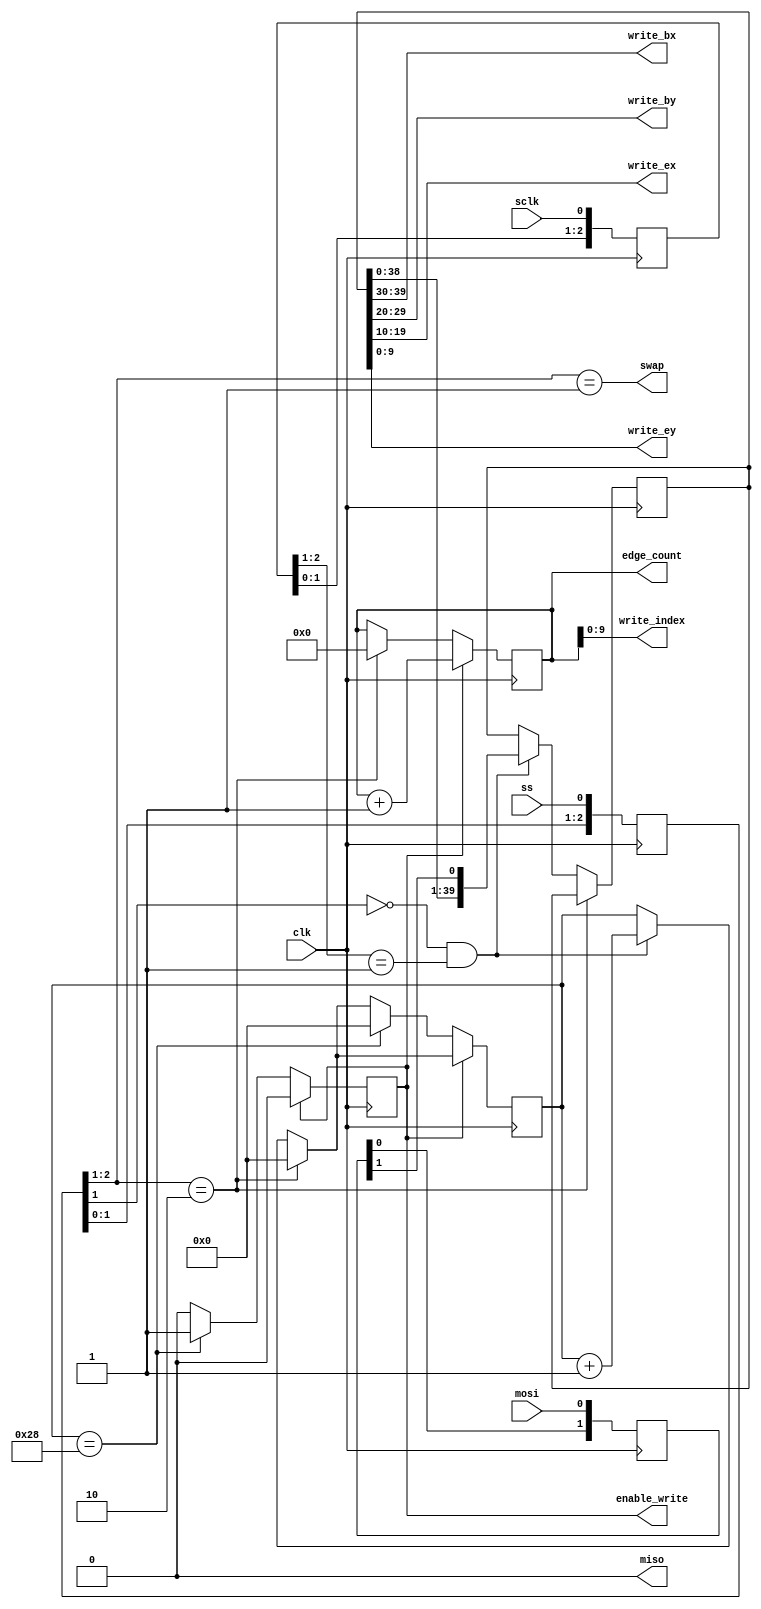
/*

Copyright (c) 2018, Matt Kimball
All rights reserved.

Redistribution and use in source and binary forms, with or without
modification, are permitted provided that the following conditions are met:

1. Redistributions of source code must retain the above copyright notice, this
   list of conditions and the following disclaimer.
2. Redistributions in binary form must reproduce the above copyright notice,
   this list of conditions and the following disclaimer in the documentation
   and/or other materials provided with the distribution.

THIS SOFTWARE IS PROVIDED BY THE COPYRIGHT HOLDERS AND CONTRIBUTORS "AS IS" AND
ANY EXPRESS OR IMPLIED WARRANTIES, INCLUDING, BUT NOT LIMITED TO, THE IMPLIED
WARRANTIES OF MERCHANTABILITY AND FITNESS FOR A PARTICULAR PURPOSE ARE
DISCLAIMED. IN NO EVENT SHALL THE COPYRIGHT OWNER OR CONTRIBUTORS BE LIABLE FOR
ANY DIRECT, INDIRECT, INCIDENTAL, SPECIAL, EXEMPLARY, OR CONSEQUENTIAL DAMAGES
(INCLUDING, BUT NOT LIMITED TO, PROCUREMENT OF SUBSTITUTE GOODS OR SERVICES;
LOSS OF USE, DATA, OR PROFITS; OR BUSINESS INTERRUPTION) HOWEVER CAUSED AND
ON ANY THEORY OF LIABILITY, WHETHER IN CONTRACT, STRICT LIABILITY, OR TORT
(INCLUDING NEGLIGENCE OR OTHERWISE) ARISING IN ANY WAY OUT OF THE USE OF THIS
SOFTWARE, EVEN IF ADVISED OF THE POSSIBILITY OF SUCH DAMAGE.

The views and conclusions contained in the software and documentation are those
of the authors and should not be interpreted as representing official policies,
either expressed or implied, of the ToyGPU project.

*/


/*  Receive coordinates for drawing by acting as an SPI slave  */
module SPISlave(
    input clk,

    input ss,
    input sclk,
    output miso,
    input mosi,

    output enable_write,
    output [9:0] write_index,
    output [9:0] write_bx,
    output [9:0] write_by,
    output [9:0] write_ex,
    output [9:0] write_ey,

    output swap,
    output [10:0] edge_count
);
    reg reg_miso = 0;
    assign miso = reg_miso;

    /*
        Use shift registers for incoming SPI signals, since the SPI
        clock will differ from our clock, and we want stable values
        for logic
    */
    reg [2:0] ss_shift = 0;
    reg [2:0] sclk_shift = 0;
    reg [1:0] mosi_shift = 0;

    /*  Shift in new values from the SPI wires  */
    always @(posedge clk)
    begin
        ss_shift <= { ss_shift[1:0], ss };
        sclk_shift <= { sclk_shift[1:0], sclk };
        mosi_shift <= { mosi_shift[0], mosi };
    end

    /*  Keep track of the number of edges received  */
    reg [10:0] reg_edge_count = 0;
    assign edge_count = reg_edge_count;
    assign write_index = reg_edge_count[9:0];

    /*  Swap edge buffers when an SPI transmission completes  */
    assign swap = (ss_shift[2:1] == 2'b01);

    /*
        We'll receive edges as 40-bit blocks, with 10 bits each
        for begin-x, begin-y, end-x and end-y coordinates
    */
    reg [39:0] edge_shift;
    reg [5:0] edge_bits;

    assign write_bx = edge_shift[39:30];
    assign write_by = edge_shift[29:20];
    assign write_ex = edge_shift[19:10];
    assign write_ey = edge_shift[9:0];

    reg reg_enable_write = 0;
    assign enable_write = reg_enable_write;

    always @(posedge clk)
    begin
        if (ss_shift[2:1] == 2'b10)
        begin
            /*  Reset counters at the start of an SPI transmission  */
            reg_edge_count <= 0;
            edge_bits <= 0;
        end else if (!ss_shift[1] && sclk_shift[2:1] == 2'b01)
        begin
            /*  Shift in a new bit on the positive edge of the SPI clock  */
            edge_shift <= { edge_shift[38:0], mosi_shift[1] };
            edge_bits <= edge_bits + 1;
        end

        if (reg_enable_write)
        begin
            /*  We've finished writing a new edge to the edge buffer  */
            reg_enable_write <= 0;
            reg_edge_count <= reg_edge_count + 1;
        end else if (edge_bits == 40)
        begin
            /*  If we've received 40 bits, write to the edge buffer  */
            reg_enable_write <= 1;
            edge_bits <= 0;
        end
    end
endmodule